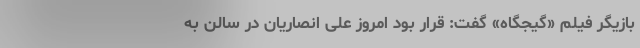
بازیگر فیلم «گیجگاه» گفت: قرار بود امروز علی انصاریان در سالن به